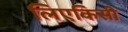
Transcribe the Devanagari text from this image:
लिएकिसी